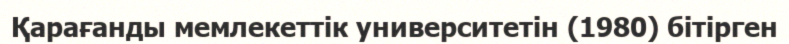
Қарағанды мемлекеттік университетін (1980) бітірген